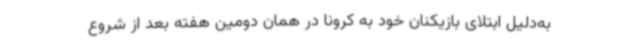
به‌دلیل ابتلای بازیکنان خود به کرونا در همان دومین هفته بعد از شروع